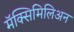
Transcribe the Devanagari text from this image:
मॅक्सिमिलिअन